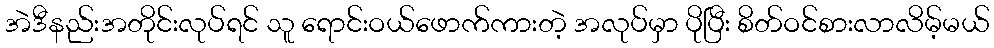
အဲဒီနည်းအတိုင်းလုပ်ရင် သူ ရောင်းဝယ်ဖောက်ကားတဲ့ အလုပ်မှာ ပိုပြီး စိတ်ဝင်စားလာလိမ့်မယ်